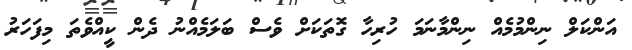
އަންކަލް ނިންމުމެއް ނިންމާނަމަ ހުރިހާ ގޮތަކަށް ވެސް ބަލަމެއްނު ދެން ކީއްވެތަ މިފަހަރު